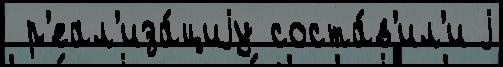
 р'еал'иза́циjу соста́в'ил'и j